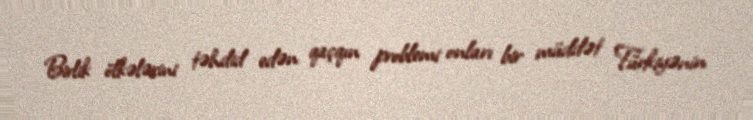
Birlik ölkələrini təhdid edən qaçqın problemi onları bir müddət Türkiyənin